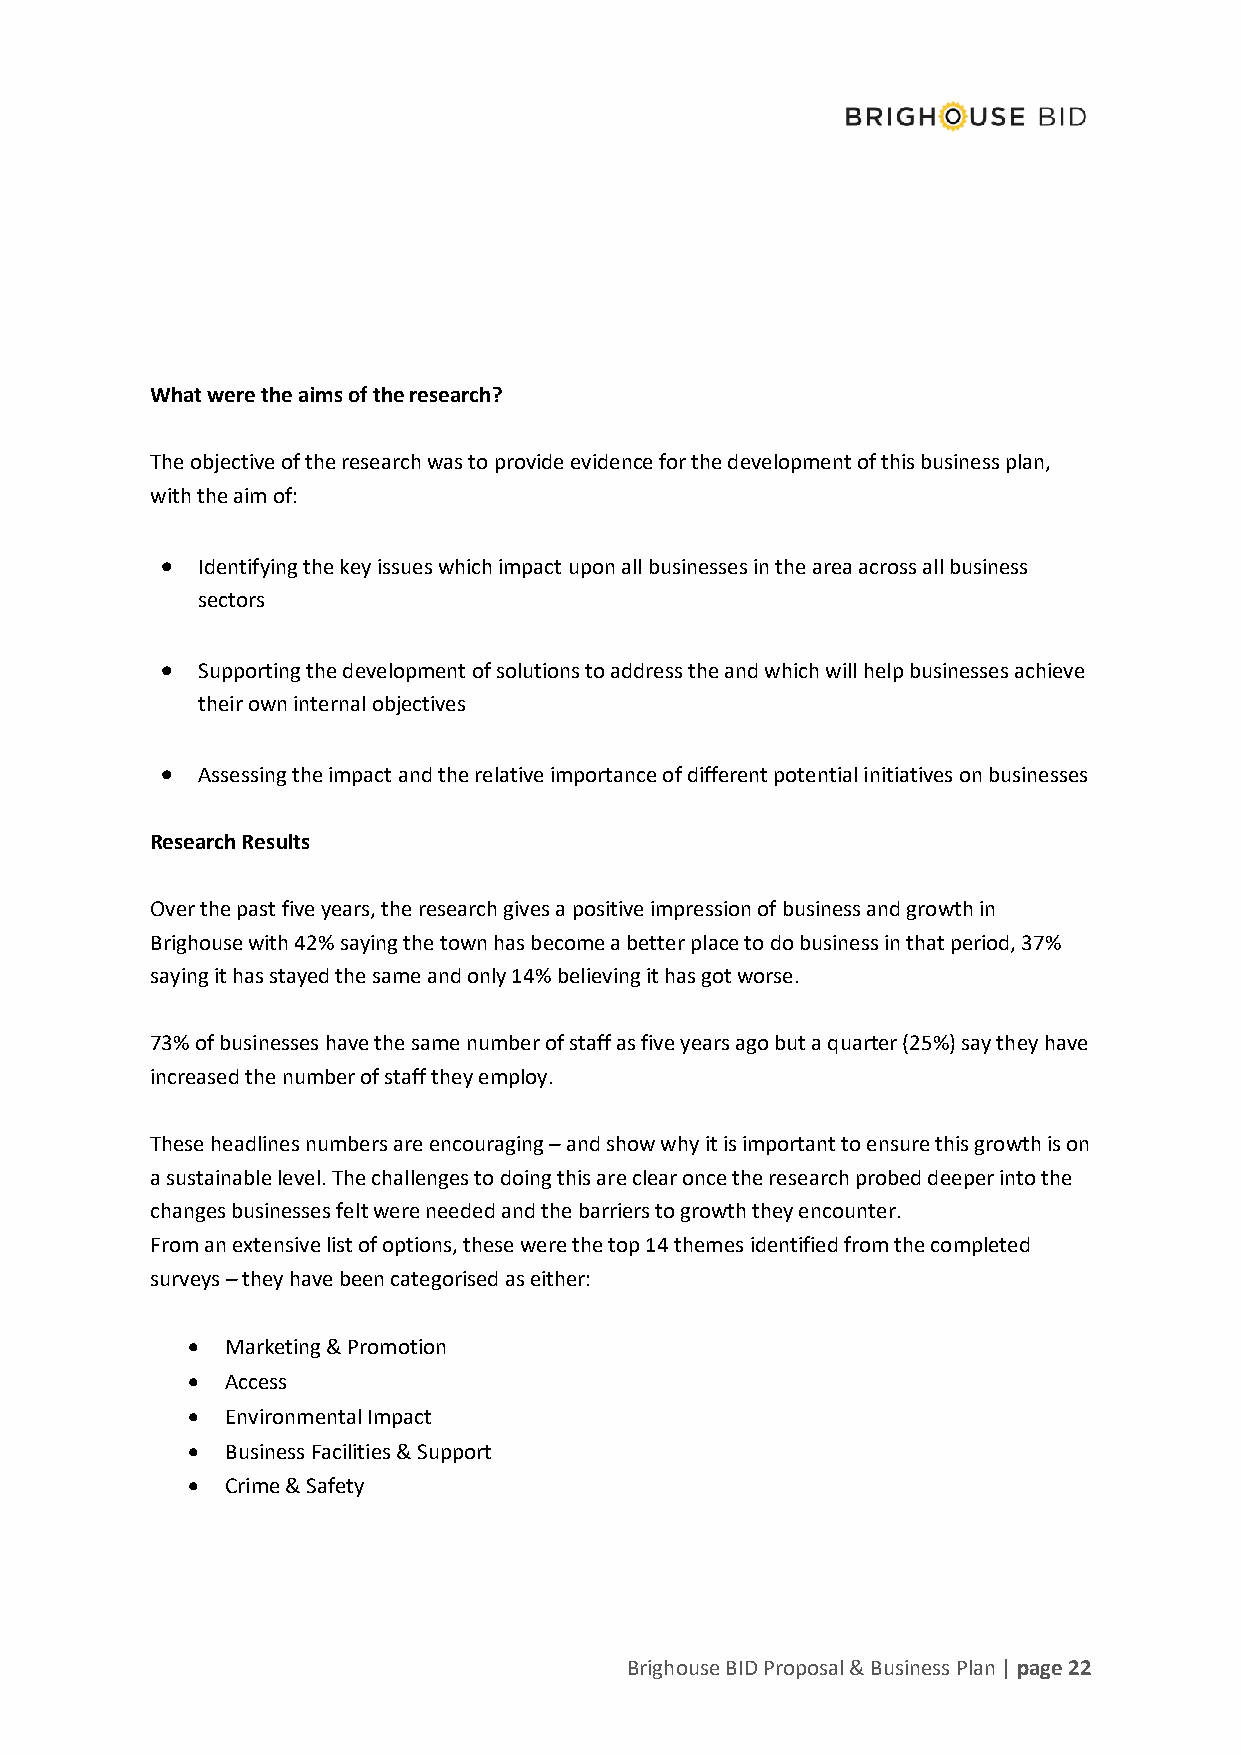
What were the aims of the research?
 The objective of the research was to provide evidence for the development of this business plan,
 with the aim of:
 • Identifying the key issues which impact upon all businesses in the area across all business
 sectors
 • Supporting the development of solutions to address the and which will help businesses achieve
 their own internal objectives
 • Assessing the impact and the relative importance of different potential initiatives on businesses
 Research Results
 Over the past five years, the research gives a positive impression of business and growth in
 Brighouse with 42% saying the town has become a better place to do business in that period, 37%
 saying it has stayed the same and only 14% believing it has got worse.
 73% of businesses have the same number of staff as five years ago but a quarter (25%) say they have
 increased the number of staff they employ.
 These headlines numbers are encouraging – and show why it is important to ensure this growth is on
 a sustainable level. The challenges to doing this are clear once the research probed deeper into the
 changes businesses felt were needed and the barriers to growth they encounter.
 From an extensive list of options, these were the top 14 themes identified from the completed
 surveys – they have been categorised as either:
 •  Marketing & Promotion
 •  Access
 •  Environmental Impact
 •  Business Facilities & Support
 •  Crime & Safety
 Brighouse BID Proposal & Business Plan | page 22